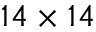
1 4 \times 1 4